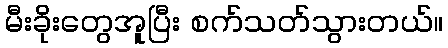
မီးခိုးတွေအူပြီး စက်သတ်သွားတယ်။